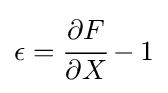
\epsilon ={\cfrac {\partial {F}}{\partial {X}}}-1